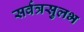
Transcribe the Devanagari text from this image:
सर्वत्रसुलभ